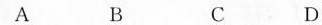
A B C D